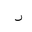
Letter: _ra